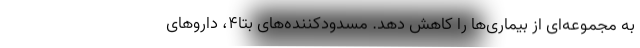
به مجموعه‌ای از بیماری‌ها را کاهش دهد. مسدودکننده‌های بتا۴، داروهای